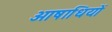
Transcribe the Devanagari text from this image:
ओषाधियों